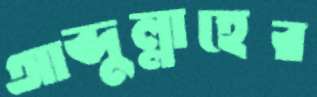
আব্দুল্লাহের